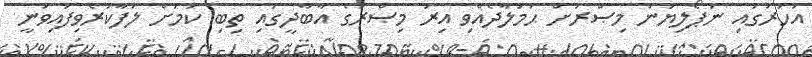
އަހަރުގައި ނަޕޯލިޔަން މިޞްރަށް ޙަމަލާދެއްވި އިރު މިޞްރުގެ އާބާދީގައި ތިބި ކަމަށް ލަފާކުރެވިފައިވަނީ